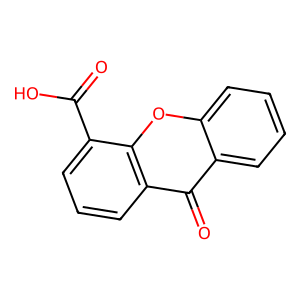
SMILES: O=C(O)c1cccc2c(=O)c3ccccc3oc12
Inhibits HIV replication: No